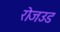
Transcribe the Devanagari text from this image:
रोजउड